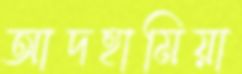
আদহামিয়া